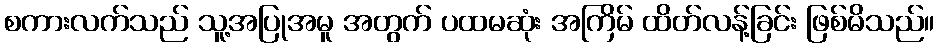
စကားလက်သည် သူ့အပြုအမူ အတွက် ပထမဆုံး အကြိမ် ထိတ်လန့်ခြင်း ဖြစ်မိသည်။